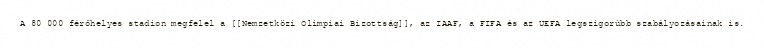
A 80 000 férőhelyes stadion megfelel a [[Nemzetközi Olimpiai Bizottság]], az IAAF, a FIFA és az UEFA legszigorúbb szabályozásainak is.